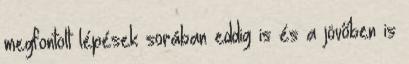
megfontolt lépések sorában eddig is és a jövőben is